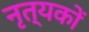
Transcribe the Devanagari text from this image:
नृत्यकों